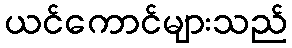
ယင်ကောင်များသည်